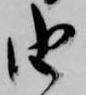
由